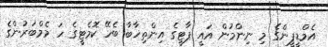
އެމްޑީޕީންގެ މި ނިންމުން އައީ ޕާޓީގެ އިންތިޚާބާ ބެހޭ ކޮމެޓީގެ ހަ މެމްބަރުންގެ